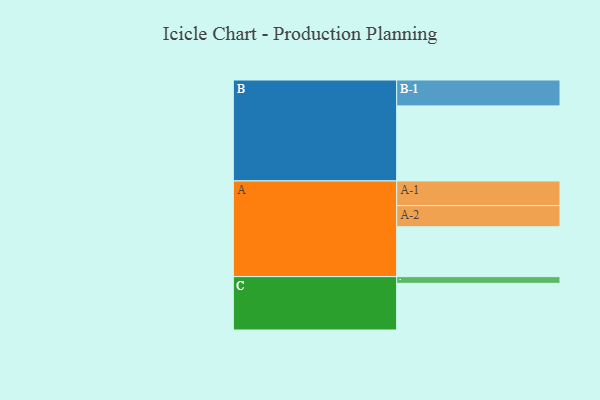
{"axis": {"x": "Segment", "y": "Value"}, "legend": ["", "A", "B", "C"], "data": [{"x": "A", "y": 370, "type": ""}, {"x": "B", "y": 557, "type": ""}, {"x": "C", "y": 346, "type": ""}, {"x": "A-1", "y": 183, "type": "A"}, {"x": "A-2", "y": 157, "type": "A"}, {"x": "B-1", "y": 192, "type": "B"}, {"x": "C-1", "y": 50, "type": "C"}]}